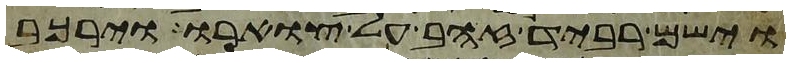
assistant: וישם רביד זהב על צוארו וירכב